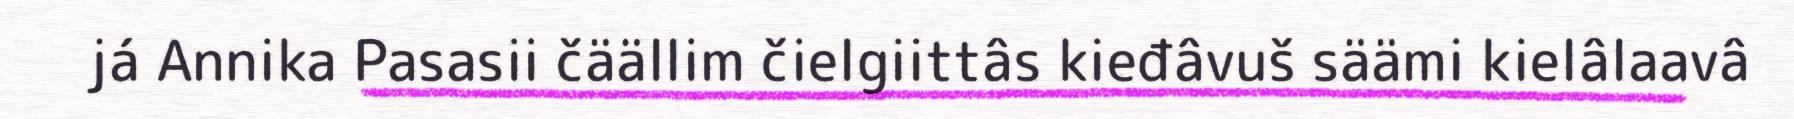
já Annika Pasasii čäällim čielgiittâs kieđâvuš säämi kielâlaavâ